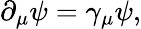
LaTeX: \partial_{\mu}\psi=\gamma_{\mu}\psi,